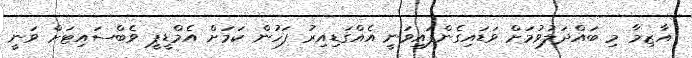
އާޒިމާ މި ބައްދަލުވުމަށް ވަޑައިގެންފައިވަނީ އެއްގަޑިއިރު ފަހުން ކަމަށް އެމްޑީޕީ ވެބްސައިޓަށް ވަނީ